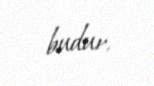
budur.